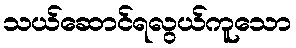
သယ်ဆောင်ရလွယ်ကူသော